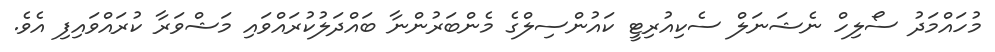
މުހައްމަދު ސޯލިހް ނެޝަނަލް ސެކިއުރިޓީ ކައުންސިލްގެ މެންބަރުންނާ ބައްދަލުކުރައްވައި މަޝްވަރާ ކުރައްވައިފި އެވެ.